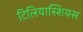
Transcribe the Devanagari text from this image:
टिलियास्शियस